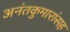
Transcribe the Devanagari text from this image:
अनंतकुमारांसह